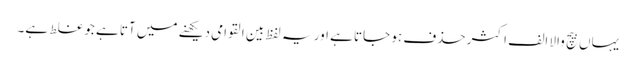
یہاں بیچ والا الف اکثر حذف ہو جاتا ہے اور یہ لفظ بین القوامی دیکھنے میں آتا ہے جو غلط ہے۔